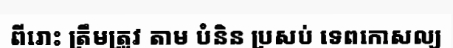
ពីរោះ ត្រឹមត្រូវ តាម បំនិន ប្រសប់ ទេពកោសល្យ